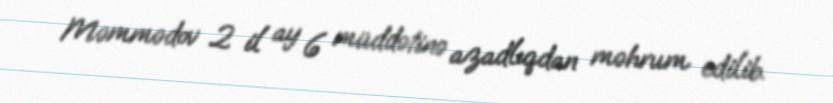
Məmmədov 2 il ay 6 müddətinə azadlıqdan məhrum edilib.